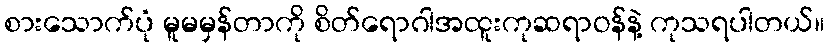
စားသောက်ပုံ မူမမှန်တာကို စိတ်ရောဂါအထူးကုဆရာဝန်နဲ့ ကုသရပါတယ်။